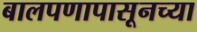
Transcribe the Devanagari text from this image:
बालपणापासूनच्या